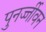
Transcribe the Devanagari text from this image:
पुनर्ज्जीवन